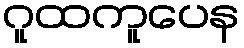
ဂူထကူပေန